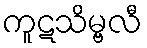
ကူဋသိမ္ဗလီ